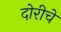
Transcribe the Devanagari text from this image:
दोरीचे